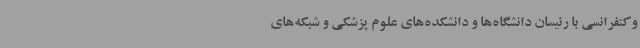
وکنفرانسی با رئیسان دانشگاه‌ها و دانشکده‌های علوم پزشکی و شبکه‌های